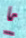
ما